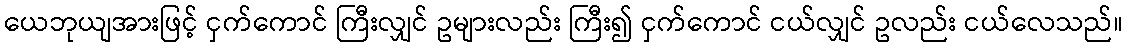
ယေဘုယျအားဖြင့် ငှက်ကောင် ကြီးလျှင် ဥများလည်း ကြီး၍ ငှက်ကောင် ငယ်လျှင် ဥလည်း ငယ်လေသည်။